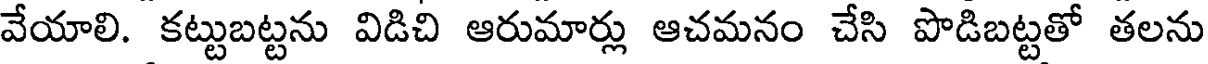
వేయాలి. కట్టుబట్టను విడిచి ఆరుమార్లు ఆచమనం చేసి పొడిబట్టతో తలను